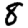
Digit: 8